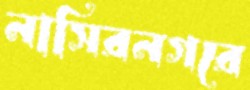
নাসিরনগরে